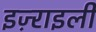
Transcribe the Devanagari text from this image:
इज़्राइली